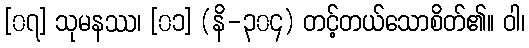
[၀၇] သုမနဿ၊ [၀၁] (နိ-၃၀၄) တင့်တယ်သောစိတ်၏။ ဝါ၊